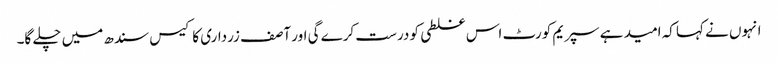
انہوں نے کہا کہ امید ہے سپریم کورٹ اس غلطی کو درست کرے گی اور آصف زرداری کا کیس سندھ میں چلے گا۔